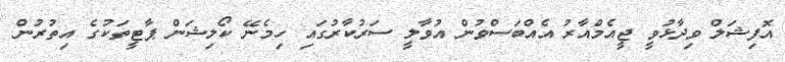
އޮފިޝަލް ވިދާޅުވީ ޖީއެމްއާރު އެއްބަސްވުން އުވާލީ ސަރުކާރުގައި ހިމެނޭ ކޯލިޝަން ޕާޓީތަކުގެ އިތުރުން